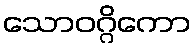
သောဝဂ္ဂိကော